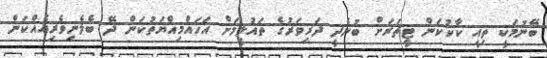
ބޭނުމަކީ ތިއީ ކާކުކަން ޓީޗަރަށް ބުނެދީ ދަރިވަރުގެ ތައުލީމަށް އަހައްމިއްޔަތުކަން ދޭ ބެލެނިވެރިއެއްކަން